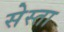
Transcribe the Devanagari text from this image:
सेस्ता